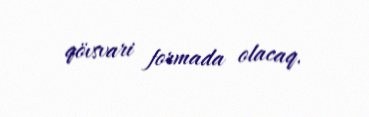
qövsvari formada olacaq.